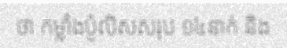
ថា កម្លាំងប៉ូលិសសរុប ១៤នាក់ និង